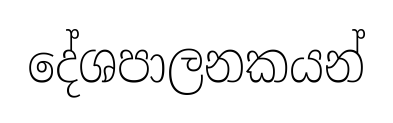
දේශපාලනකයන්